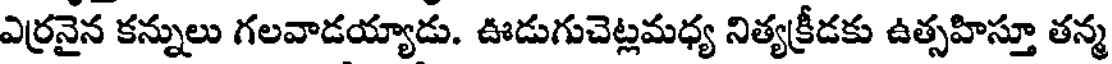
ఎర్రనైన కన్నులు గలవాడయ్యాడు. ఊడుగుచెట్లమధ్య నిత్యక్రీడకు ఉత్సహిస్తూ తన్మ